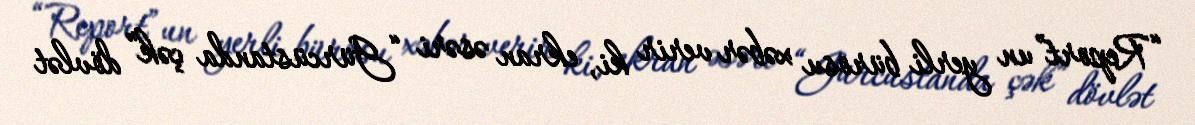
“Report”un yerli bürosu xəbər verir ki, ekran əsəri “Gürcüstanda çək” dövlət